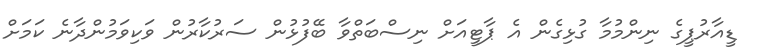
ޑީއާރުޕީގެ ނިންމުމާ ގުޅިގެން އެ ޕާޓީއަށް ނިސްބަތްވާ ބޭފުޅުން ސަރުކާރުން ވަކިވަމުންދާނެ ކަމަށް